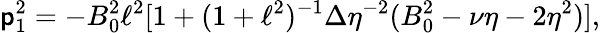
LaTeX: \mathsf{p}_{1}^{2}=-B_{0}^{2}\ell^{2}[1+(1+\ell^{2})^{-1}\Delta\eta^{-2}(B_{0}^{2}-\nu\eta-2\eta^{2})],